Annual report of the Punjab Veterinary College and of the Civil Veterinary Department, Punjab - 1894-1908
Year: 1894
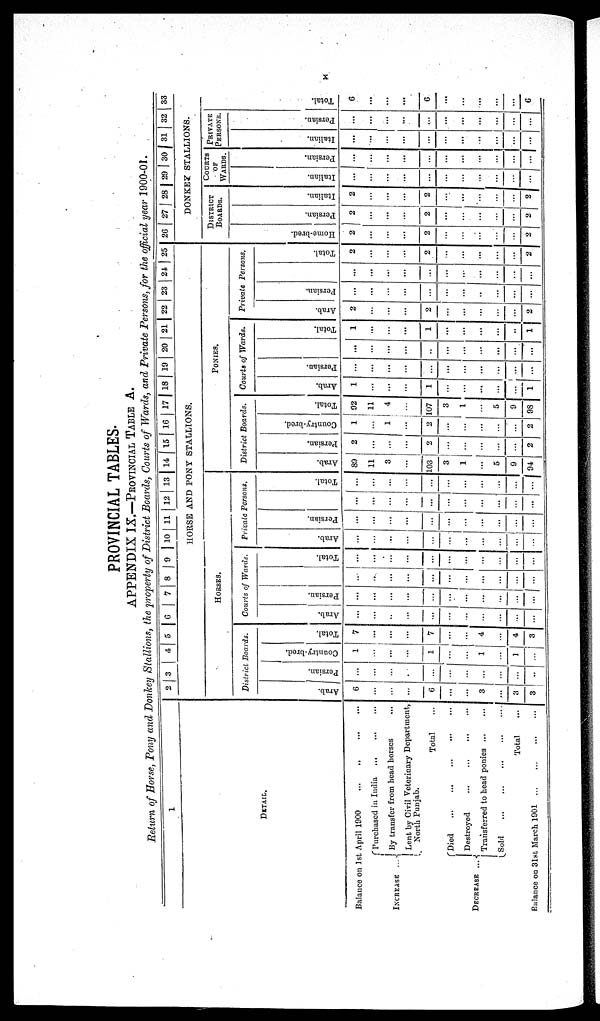
x
PROVINCIAL TABLES.
APPENDIX IX.—PROVINCIAL TABLE A.
Return of Horse, Pony and Donkey Stallions, the property of District Boards, Courts of Wards, and Private Persons, for the official year 1900-01.
1
DETAIL.
Balance on 1st April 1900
...
...
...
...
INCREASE
...
DECREASE ...
Purchased in India ... ... ...
By transfer from head horses ...
Lent by Civil Vetorinary Department,
North Punjab.
Total ...
Died
...
...
...
...
...
Destroyed ... ... ... ...
Transferred to head ponies
...
...
Sold
...
...
...
Total ...
Balance on 31st March 1901
...
...
...
...
2 3 4 5 6 7 8 9 10 11 12 13 14 15 16 17 18 19 20 21 22 23 24 25
HORSE AND PONY STALLIONS.
HORSES.
District Boards.
Arab.
6
...
...
...
6
...
...
3
...
3
3
Persian.
...
...
...
...
...
...
...
...
...
...
..
Country-bred.
1
...
...
...
1
...
...
1
...
1
...
Total.
7
...
...
...
7
...
...
4
...
4
3
Courts of Wards.
Arab.
...
...
...
...
...
...
...
...
...
...
...
Persian.
...
...
...
...
...
...
...
...
...
......
...
...
......
...
...
...
...
...
...
...
...
...
Total.
...
...
...
...
...
...
...
...
...
...
...
Private Persons,
Arab.
...
...
...
...
...
...
...
...
...
...
...
Persian.
...
...
...
...
...
...
...
...
...
...
...
...
...
...
...
...
...
...
...
...
... ...
...
Total.
...
...
...
...
...
...
...
...
...
...
PONIES.
District Boards.
Arab.
89
11
3
...
103
3
1
...
5
9
94
Persian.
...
...
...
...
2
...
...
...
...
...
2
Country-bred.
1
...
1
...
2
...
...
...
...
...
2
Total.
92
11
4
...
107
3
1
...
5
9
98
Courts of Wards.
Arab.
1
...
...
...
1
...
...
...
...
...
1
Persian.
...
...
...
...
...
...
...
...
...
...
...
...
...
...
...
...
...
...
...
...
...
Total.
1
...
...
...
1
...
...
...
..
1
Private
Arab.
2
...
...
...
2
...
...
...
...
...
2
Persian.
...
...
...
...
...
...
...
....
...
...
...
Persons.
...
...
...
...
...
...
...
...
...
...
...
Total.
2
...
...
...
2
...
...
...
...
...
2
26
27 28 29 30 31
32 33
DONKEY STALLIONS.
DISTRICT
BOARDS.
Home -
br e d.
2
...
...
...
2
...
...
...
...
...
2
Per s i
an.
2
...
...
...
2
...
...
...
...
...
2
Italian.
2
...
...
...
2
...
...
...
...
...
2
COURTS
OF
WARDS.
Italian.
...
...
...
...
...
...
...
...
...
...
...
Per s i
an.
...
...
...
...
...
...
...
...
...
...
...
PRIVATE
PERSONS.
I t al i an.
...
...
...
...
...
...
...
...
...
...
...
Per s i
an.
...
...
...
...
...
...
...
...
...
...
...
Tot al .
6
...
...
...
6
...
...
...
...
...
6